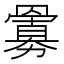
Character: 𮊜